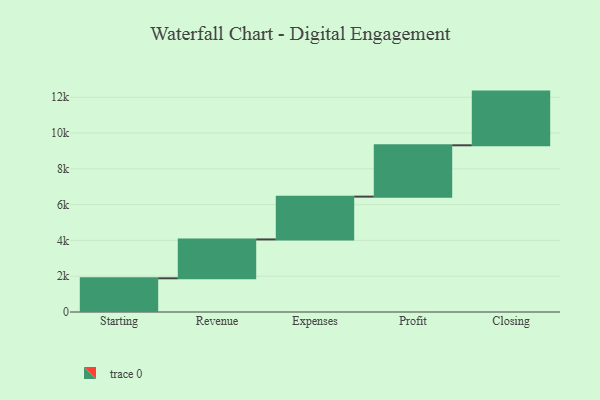
{"axis": {"x": "Step", "y": "Value"}, "legend": [""], "data": [{"x": "Starting", "y": 1883.0, "type": ""}, {"x": "Revenue", "y": 2173.0, "type": ""}, {"x": "Expenses", "y": 2391.0, "type": ""}, {"x": "Profit", "y": 2869.0, "type": ""}, {"x": "Closing", "y": 3000, "type": ""}]}